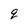
Character: q